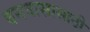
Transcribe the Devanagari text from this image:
वनवासासाठी